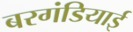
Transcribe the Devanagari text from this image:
बरगंडियाई